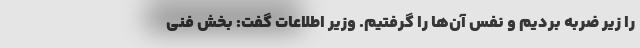
را زیر ضربه بردیم و نفس آن‌ها را گرفتیم. وزیر اطلاعات گفت: بخش فنی